Indian journal of veterinary science and animal husbandry - Volume 7,
Year: 1937
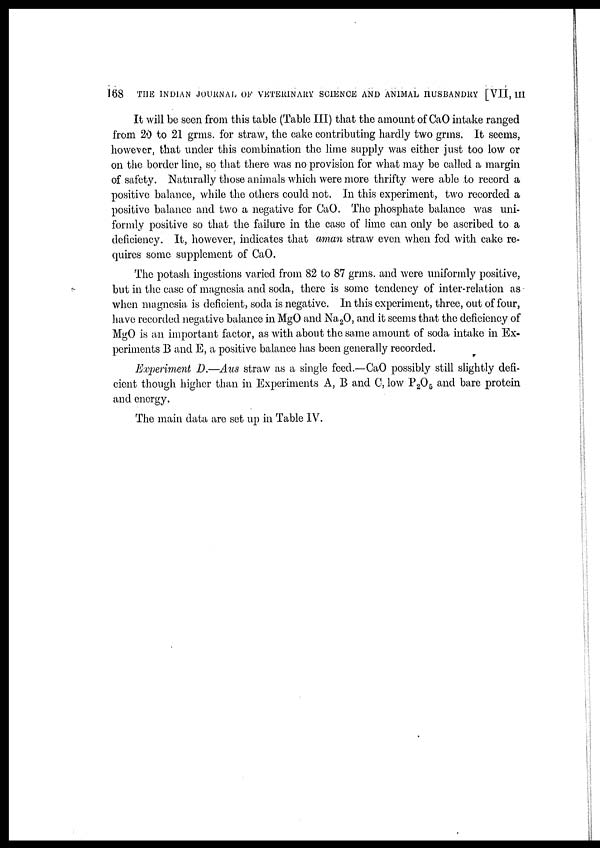
168
THE INDIAN JOURNAL OF VETERINARY SCIENCE AND ANIMAL HUSBANDRY [VII, III
It will be seen from this table (Table III) that the amount of CaO intake ranged
from 20 to 21 grms. for straw, the cake contributing hardly two grms. It seems,
however, that under this combination the lime supply was either just too low or
on the border line, so that there was no provision for what may be called a margin
of safety. Naturally those animals which were more thrifty were able to record a
positive balance, while the others could not. In this experiment, two recorded a
positive balance and two a negative for CaO. The phosphate balance was uni-
formly positive so that the failure in the case of lime can only be ascribed to a
deficiency. It, however, indicates that aman straw even when fed with cake re-
quires some supplement of CaO.
The potash ingestions varied from 82 to 87 grms. and were uniformly positive,
but in the case of magnesia and soda, there is some tendency of inter-relation as
when magnesia is deficient, soda is negative. In this experiment, three, out of four,
have recorded negative balance in MgO and Na 2 O, and it seems that the deficiency of
MgO is an important factor, as with about the same amount of soda intake in Ex-
periments B and E, a positive balance has been generally recorded.
Experiment D.—Aus straw as a single feed.—CaO possibly still slightly defi-
cient though higher than in Experiments A, B and C, low P2O5 and bare protein
and energy.
The main data are set up in Table IV.